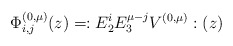
\begin{align*}\Phi_{i,j}^{(0 , \mu)}(z) = : E_{2}^{i} E_{3}^{\mu - j} V^{(0 , \mu)} : (z)\end{align*}